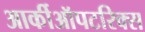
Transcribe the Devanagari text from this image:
आर्कीऑपटरिक्स